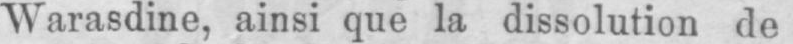
Warasdine, ainsi que la dissolution de